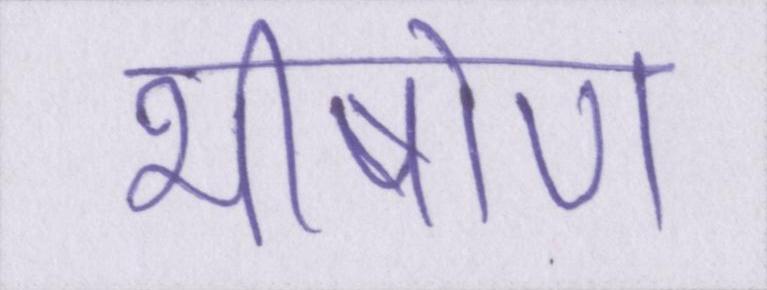
भीषोण